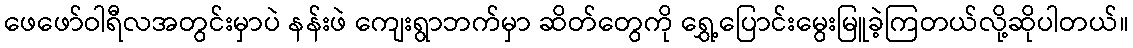
ဖေဖော်ဝါရီလအတွင်းမှာပဲ နန်းဖဲ ကျေးရွာဘက်မှာ ဆိတ်တွေကို ရွှေ့ပြောင်းမွေးမြူခဲ့ကြတယ်လို့ဆိုပါတယ်။